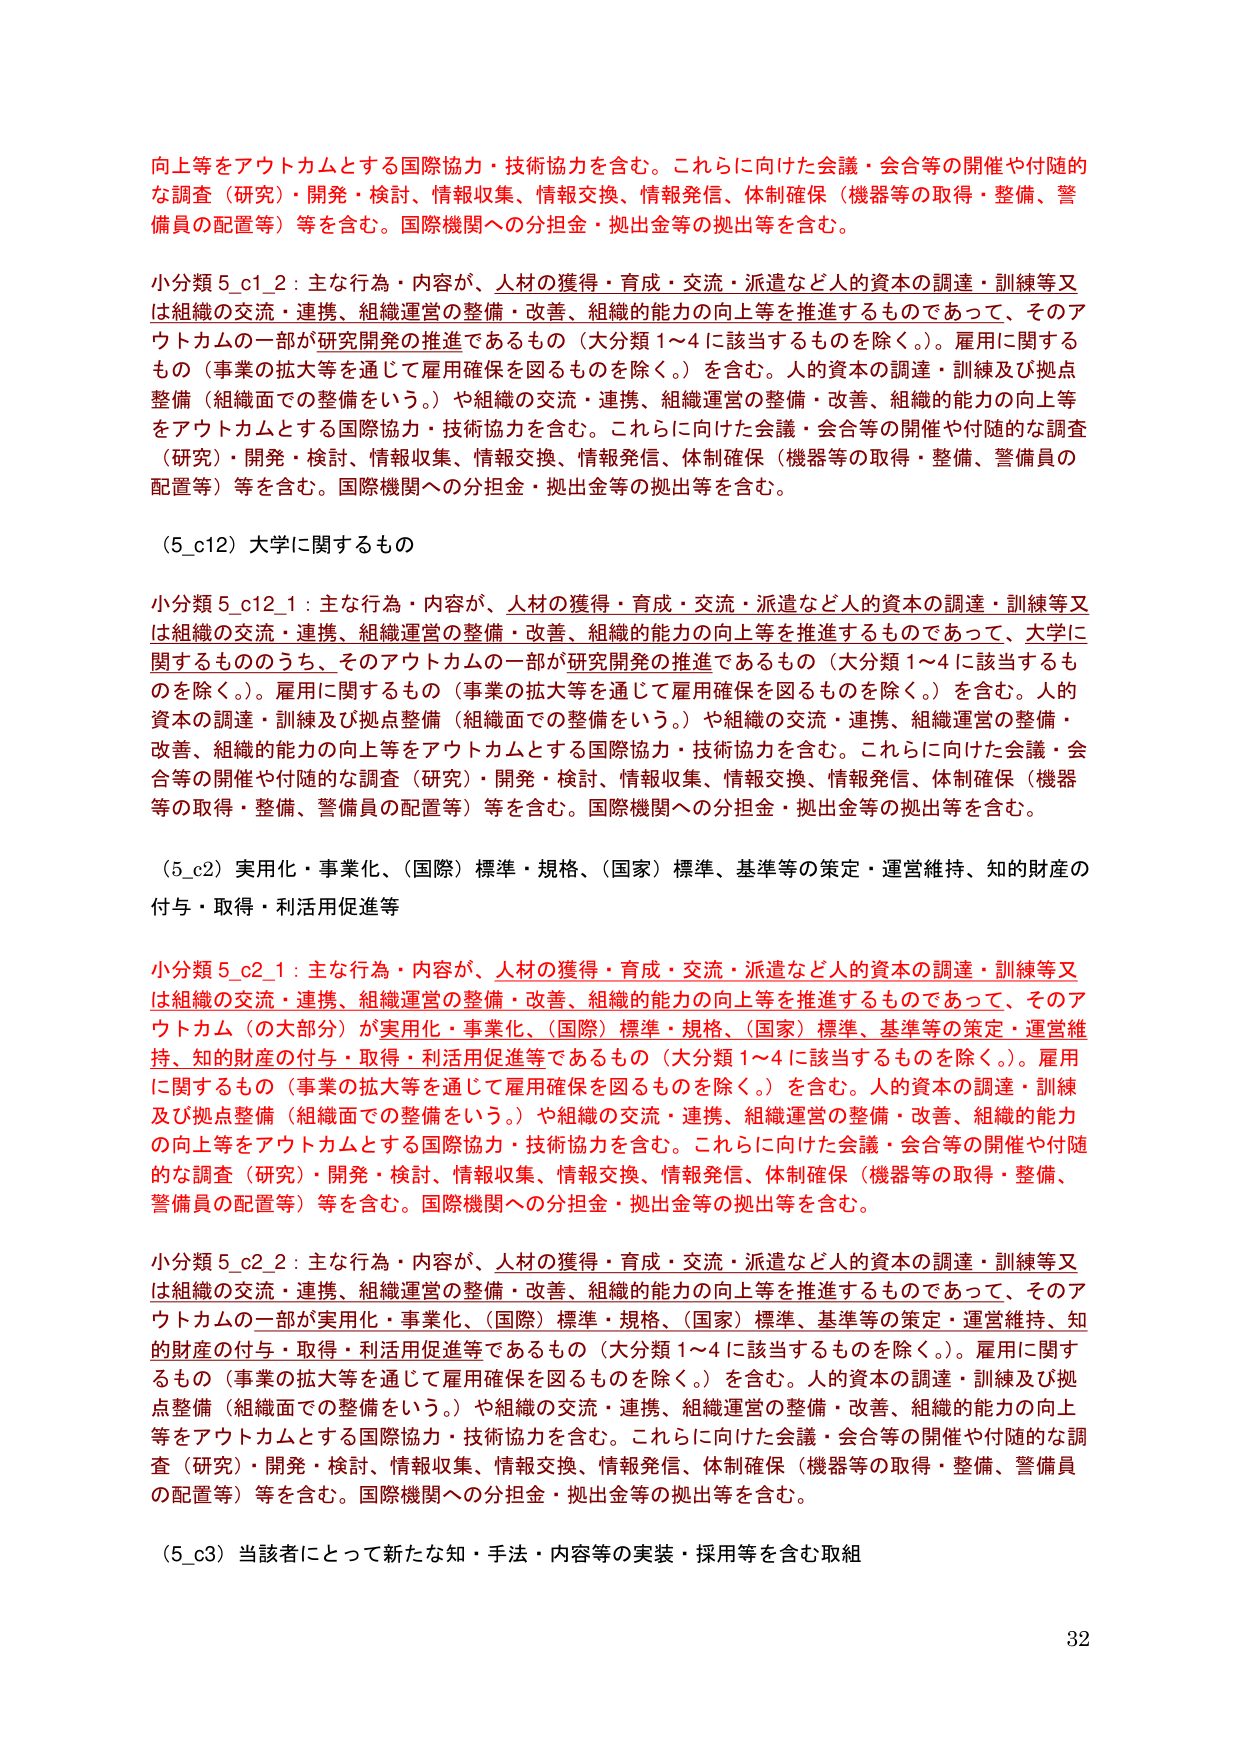
向上等をアウトカムとする国際協力・技術協力を含む。これらに向けた会議・会合等の開催や付随的な調査（研究）・開発・検討、情報収集、情報交換、情報発信、体制確保（機器等の取得・整備、警備員の配置等）等を含む。国際機関への分担金・拠出金等の拠出等を含む。

小分類 5_c1_2：主な行為・内容が、人材の獲得・育成・交流・派遣など人的資本の調達・訓練等又は組織の交流・連携、組織運営の整備・改善、組織的能力の向上等を推進するものであって、そのアウトカムの一部が研究開発の推進であるもの（大分類 1～4 に該当するものを除く。）。雇用に関するもの（事業の拡大等を通じて雇用確保を図るものを除く。）を含む。人的資本の調達・訓練及び拠点整備（組織面での整備をいう。）や組織の交流・連携、組織運営の整備・改善、組織的能力の向上等をアウトカムとする国際協力・技術協力を含む。これらに向けた会議・会合等の開催や付随的な調査（研究）・開発・検討、情報収集、情報交換、情報発信、体制確保（機器等の取得・整備、警備員の配置等）等を含む。国際機関への分担金・拠出金等の拠出等を含む。

（5_c12）大学に関するもの

小分類 5_c12_1：主な行為・内容が、人材の獲得・育成・交流・派遣など人的資本の調達・訓練等又は組織の交流・連携、組織運営の整備・改善、組織的能力の向上等を推進するものであって、大学に関するもののうち、そのアウトカムの一部が研究開発の推進であるもの（大分類 1～4 に該当するものを除く。）。雇用に関するもの（事業の拡大等を通じて雇用確保を図るものを除く。）を含む。人的資本の調達・訓練及び拠点整備（組織面での整備をいう。）や組織の交流・連携、組織運営の整備・改善、組織的能力の向上等をアウトカムとする国際協力・技術協力を含む。これらに向けた会議・会合等の開催や付随的な調査（研究）・開発・検討、情報収集、情報交換、情報発信、体制確保（機器等の取得・整備、警備員の配置等）等を含む。国際機関への分担金・拠出金等の拠出等を含む。

（5_c2）実用化・事業化、（国際）標準・規格、（国家）標準、基準等の策定・運営維持、知的財産の付与・取得・利活用促進等

小分類 5_c2_1：主な行為・内容が、人材の獲得・育成・交流・派遣など人的資本の調達・訓練等又は組織の交流・連携、組織運営の整備・改善、組織的能力の向上等を推進するものであって、そのアウトカム（の大部分）が実用化・事業化、（国際）標準・規格、（国家）標準、基準等の策定・運営維持、知的財産の付与・取得・利活用促進等であるもの（大分類 1～4 に該当するものを除く。）。雇用に関するもの（事業の拡大等を通じて雇用確保を図るものを除く。）を含む。人的資本の調達・訓練及び拠点整備（組織面での整備をいう。）や組織の交流・連携、組織運営の整備・改善、組織的能力の向上等をアウトカムとする国際協力・技術協力を含む。これらに向けた会議・会合等の開催や付随的な調査（研究）・開発・検討、情報収集、情報交換、情報発信、体制確保（機器等の取得・整備、警備員の配置等）等を含む。国際機関への分担金・拠出金等の拠出等を含む。

小分類 5_c2_2：主な行為・内容が、人材の獲得・育成・交流・派遣など人的資本の調達・訓練等又は組織の交流・連携、組織運営の整備・改善、組織的能力の向上等を推進するものであって、そのアウトカムの一部が実用化・事業化、（国際）標準・規格、（国家）標準、基準等の策定・運営維持、知的財産の付与・取得・利活用促進等であるもの（大分類 1～4 に該当するものを除く。）。雇用に関するもの（事業の拡大等を通じて雇用確保を図るものを除く。）を含む。人的資本の調達・訓練及び拠点整備（組織面での整備をいう。）や組織の交流・連携、組織運営の整備・改善、組織的能力の向上等をアウトカムとする国際協力・技術協力を含む。これらに向けた会議・会合等の開催や付随的な調査（研究）・開発・検討、情報収集、情報交換、情報発信、体制確保（機器等の取得・整備、警備員の配置等）等を含む。国際機関への分担金・拠出金等の拠出等を含む。

（5_c3）当該者にとって新たな知・手法・内容等の実装・採用等を含む取組

32